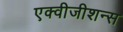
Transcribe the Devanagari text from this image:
एक्वीजीशन्स